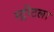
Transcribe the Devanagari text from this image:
स्ट्रीटला